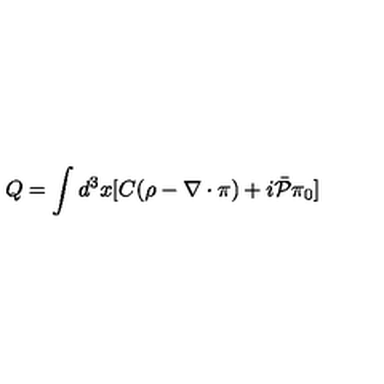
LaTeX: Q = \int d ^ { 3 } x [ C ( \rho - \nabla \cdot \mathrm { \boldmath \pi } ) + i \bar { { \cal P } } \pi _ { 0 } ]